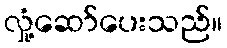
လှုံ့ဆော်ပေးသည်။